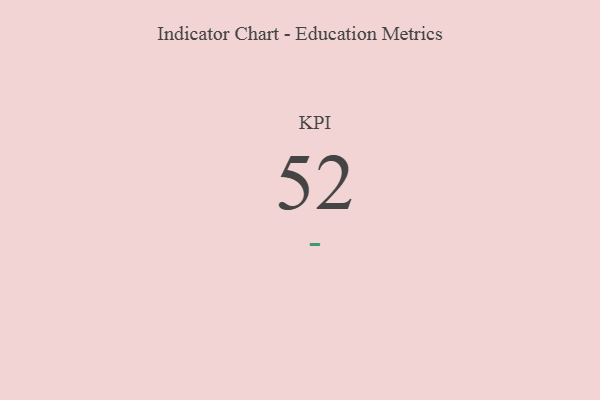
{"axis": {"x": "KPI", "y": "Value"}, "legend": [""], "data": [{"x": "KPI", "y": 52, "type": ""}]}